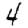
Digit: 4